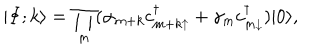
| \Phi ; k \rangle = \prod _ { m } ( \alpha _ { m + k } c _ { { m + k } \uparrow } ^ { \dagger } + \gamma _ { m } c _ { m \downarrow } ^ { \dagger } ) | 0 \rangle ,